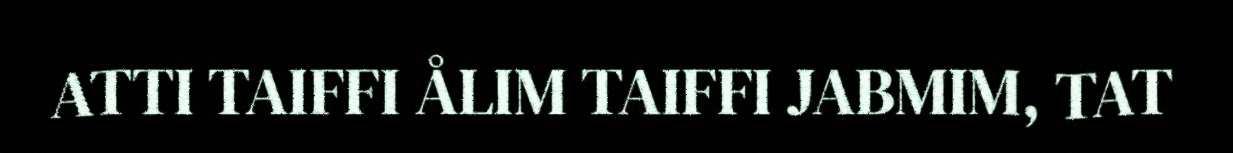
ATTI TAIFFI ÅLIM TAIFFI JABMIM, TAT